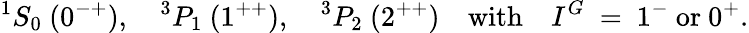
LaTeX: ^{1}S_{0}\ (0^{-+}),\quad^{3}P_{1}\ (1^{++}),\quad^{3}P_{2}\ (2^{++})\quad\textrm{with}\quad I^{G}\ =\ 1^{-}\ \textrm{or}\ 0^{+}.